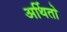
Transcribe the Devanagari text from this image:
अर्थितो